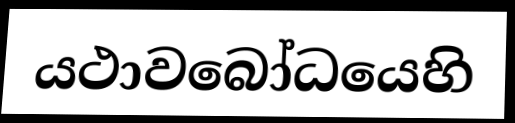
යථාවබෝධයෙහි